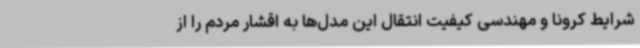
شرایط کرونا و مهندسی کیفیت انتقال این مدل‌ها به اقشار مردم را از